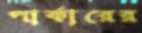
পার্কারের